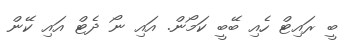
ބީ ރައިޓް ހެއި ބޭބީ ކަމޯން. އައި ނޯ ދެޓް އައި ކޭން